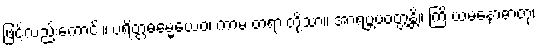
ဖြင့်လည်းကောင်း။ ပရိတ္တဓမ္မေယေဝ၊ ကာမ တရားတို့သာ။ အာရဗ္ဘပဝတ္တန္တိ။ ကြိ ယမနောဓာတု၊